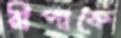
রীপাকে